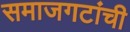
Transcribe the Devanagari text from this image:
समाजगटांची